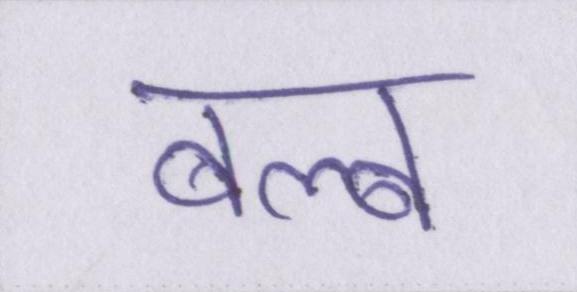
बल्ब